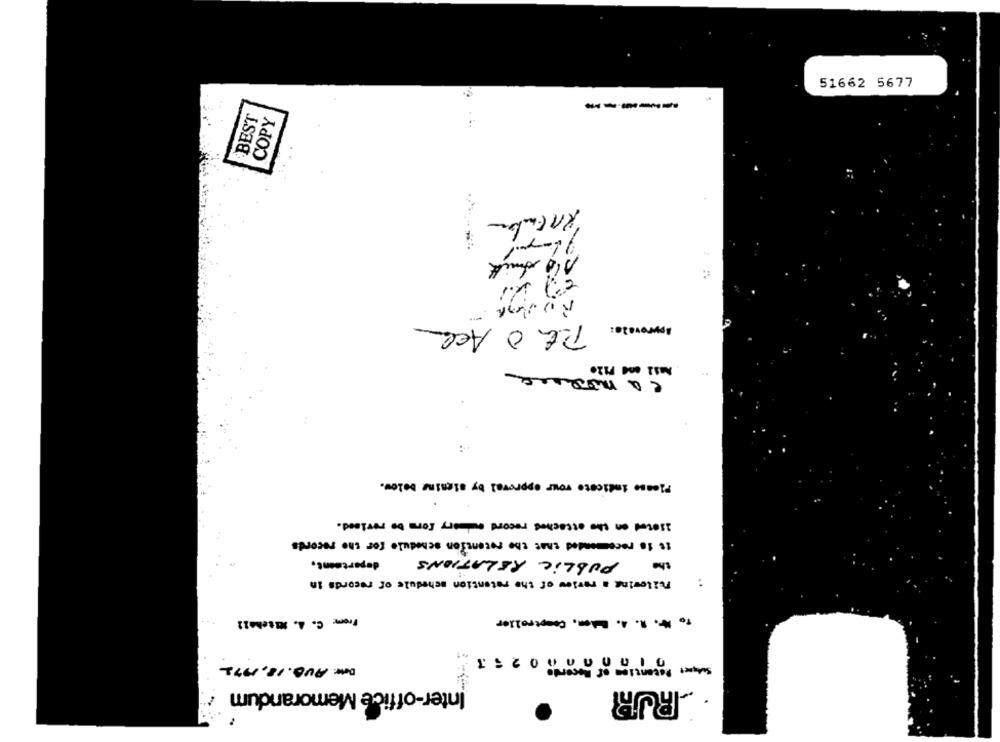
51662 5677
-----
BEST
COPY
Approvale:
0
Please indicate your approval by signing below.
iserad on the attached record andmary for De revised .
10 18 recommended that the retention schedule for the records
department.
PUBLIC RELATIONS
the
Following a review of the retention schedule of records in
From: C. A. Mitchell
To Mr. R. A. Budem. Comptroller
106 0273
Date: AVB. 18,1972
Inter-office Memorandum
RUR